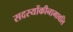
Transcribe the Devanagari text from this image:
सदस्योंकीनामावलि